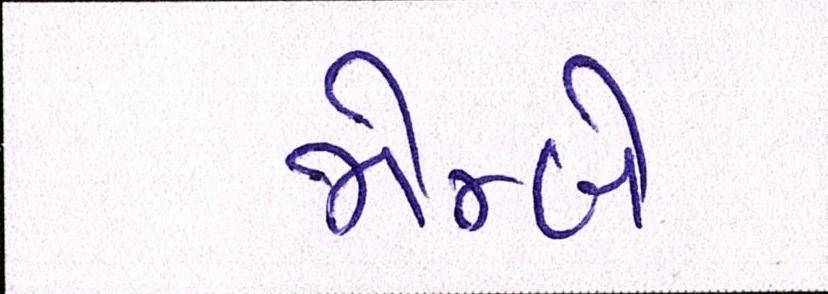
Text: જોમ્બે